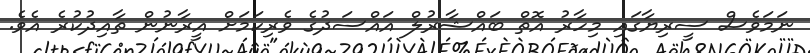
ނަމަވެސް ސީރިޔާގައި މިހާރު އޮތް ބައްޝާރުލް އައްސަދުގެ ވެރިކަމަށް އީރާނުން ތާއިދުކުރެ އެވެ.